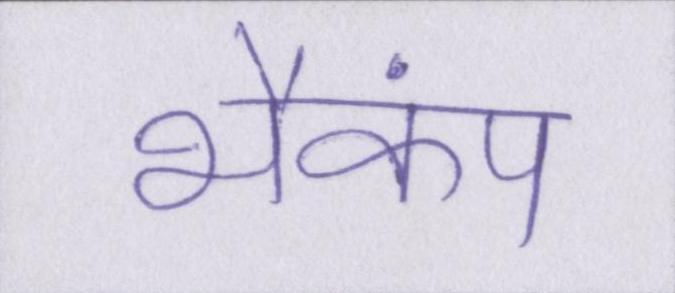
भैकंप